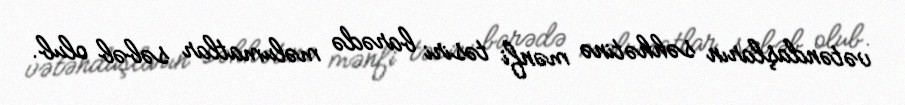
vətəndaşların səhhətinə mənfi təsiri barədə məlumatlar səbəb olub.